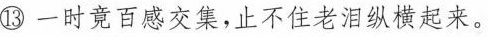
⑬一时竟百感交集，止不住老泪纵横起来。